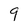
Character: 9